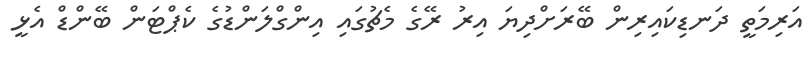
އަރިމަތީ ދަނޑިކައިރިން ބޭރަށްދިޔަ އިރު ރޭގެ މެޗުގައި އިންގްލަންޑުގެ ކެޕްޓަން ބޭންޑް އެޅީ